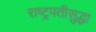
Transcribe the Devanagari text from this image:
राष्ट्रपतीसुद्धा